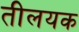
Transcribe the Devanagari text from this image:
तीलयक